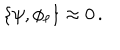
LaTeX: \left\{ \psi , \phi _ { \ell } \right\} \approx 0 \, .